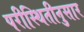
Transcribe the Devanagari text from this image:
परीस्थितीनुसार